Annual statistical returns and brief notes on vaccination in Bengal - 1887-1898
Year: 1887
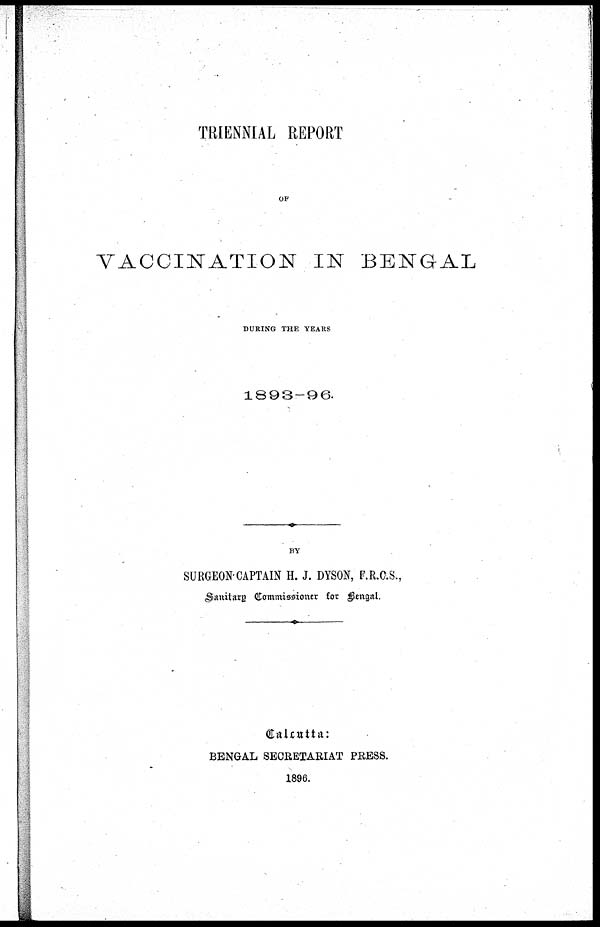
TRIENNIAL REPORT
OF
VACCINATION IN BENGAL
DURING THE YEARS
1893-96.
BY
SURGEON-CAPTAIN H. J. DYSON, F.R.C.S.,
Sanitary Commissioner for Bengal.
Calcutta:
BENGAL SECRETARIAT PRESS.
1896.